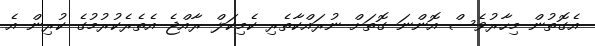
އެގޮތުން މިހާރުވެސް އޮންނަ ގޮތަށް ނުރައްކާތެރި ކެމިކަލް ރާއްޖެ އެތެރެކުރުމުގެ ކުރިން އެ